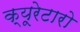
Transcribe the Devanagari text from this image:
क्यूरेटारो